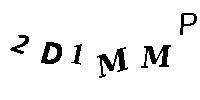
2D1MMP